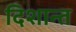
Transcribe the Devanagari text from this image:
दिशान्त